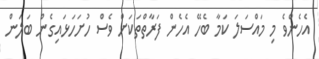
އެހެންވެ މި މައްސަލަ ކަމާ ބެހޭ އެހެން ފަރާތްތަކަށް ވެސް ހުށަހަޅައިގެން ބަލަން